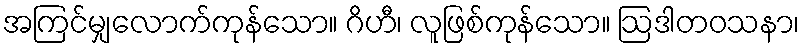
အကြင်မျှလောက်ကုန်သော။ ဂိဟီ၊ လူဖြစ်ကုန်သော။ ဩဒါတဝသနာ၊